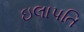
ઇલાપતિ